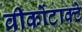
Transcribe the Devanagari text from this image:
वीकोंटाक्टे